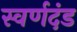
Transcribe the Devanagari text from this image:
स्वर्णदंड